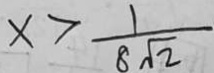
x > \frac { 1 } { 8 \sqrt { 2 } }